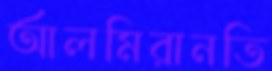
আলমিরানতি